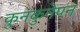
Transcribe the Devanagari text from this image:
कुनकुनेपन